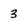
Character: 3